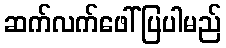
ဆက်လက်ဖေါ်ပြပါမည်